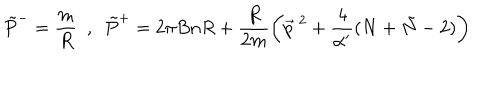
LaTeX: \tilde { P } ^ { - } = \frac { m } { R } ~ ~ , ~ ~ \tilde { P } ^ { + } = 2 \pi B n R + \frac { R } { 2 m } \left( \vec { p } ^ { ~ 2 } + \frac { 4 } { \alpha ^ { \prime } } ( N + \tilde { N } - 2 ) \right)